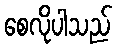
စေလိုပါသည်